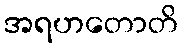
အရဟတောတိ